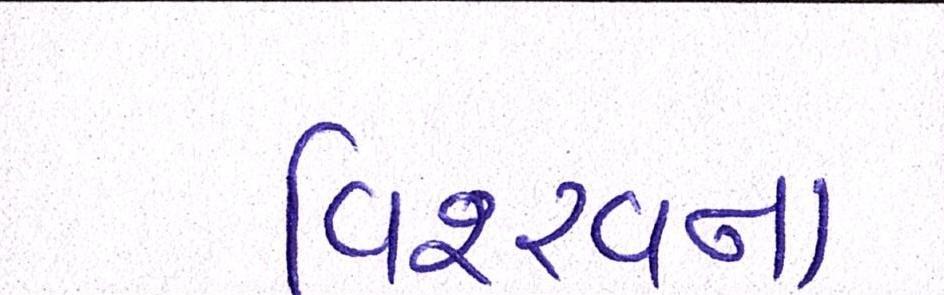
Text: વિશ્ર્વના